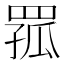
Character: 𦋆